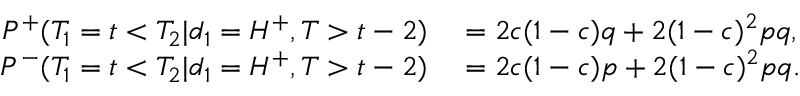
\begin{array} { r l } { P ^ { + } ( T _ { 1 } = t < T _ { 2 } | d _ { 1 } = H ^ { + } , T > t - 2 ) } & { { } = 2 c ( 1 - c ) q + 2 ( 1 - c ) ^ { 2 } p q , } \\ { P ^ { - } ( T _ { 1 } = t < T _ { 2 } | d _ { 1 } = H ^ { + } , T > t - 2 ) } & { { } = 2 c ( 1 - c ) p + 2 ( 1 - c ) ^ { 2 } p q . } \end{array}